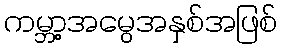
ကမ္ဘာ့အမွေအနှစ်အဖြစ်